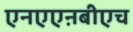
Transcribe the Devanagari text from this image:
एनएएऩबीएच